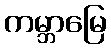
ကမ္ဘာမြေ